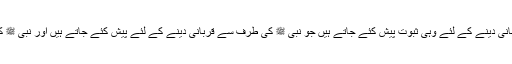
میت کی طرف سے قربانی : میت کی طرف سے قربانی دینے کے لئے وہی ثبوت پیش کئے جاتے ہیں جو نبی ﷺ کی طرف سے قربانی دینے کے لئے پیش کئے جاتے ہیں اور نبی ﷺ کی طرف سے قربانی دینے کا حکم اوپر معلوم ہوگیا ۔